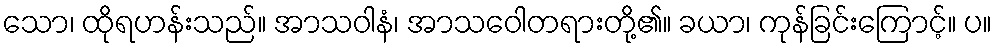
သော၊ ထိုရဟန်းသည်။ အာသဝါနံ၊ အာသဝေါတရားတို့၏။ ခယာ၊ ကုန်ခြင်းကြောင့်။ ပ။